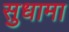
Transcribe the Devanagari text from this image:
सुधामा